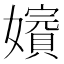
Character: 𡣑